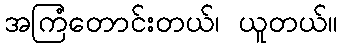
အကြံတောင်းတယ်၊ ယူတယ်။